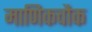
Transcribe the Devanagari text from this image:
माणिकचौक